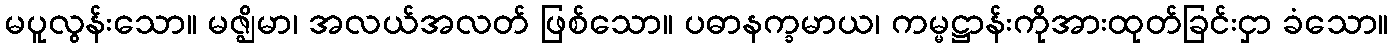
မပူလွန်းသော။ မဇ္ဈိမာ၊ အလယ်အလတ် ဖြစ်သော။ ပဓာနက္ခမာယ၊ ကမ္မဋ္ဌာန်းကိုအားထုတ်ခြင်းငှာ ခံသော။